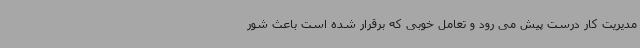
مدیریت کار درست پیش می رود و تعامل خوبی که برقرار شده است باعث شور